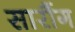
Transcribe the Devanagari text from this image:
सारौंग